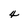
Character: 4